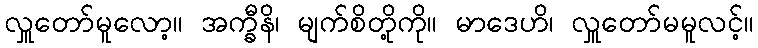
လှူတော်မူလော့။ အက္ခီနိ၊ မျက်စိတို့ကို။ မာဒေဟိ၊ လှူတော်မမူလင့်။